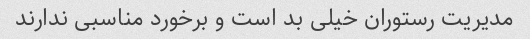
مدیریت رستوران خیلی بد است و برخورد مناسبی ندارند